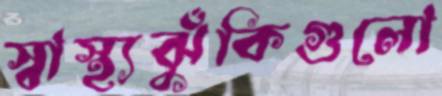
স্বাস্থ্যঝুঁকিগুলো